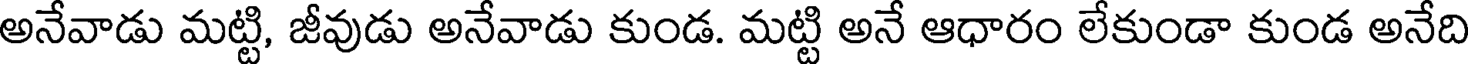
అనేవాడు మట్టి, జీవుడు అనేవాడు కుండ. మట్టి అనే ఆధారం లేకుండా కుండ అనేది